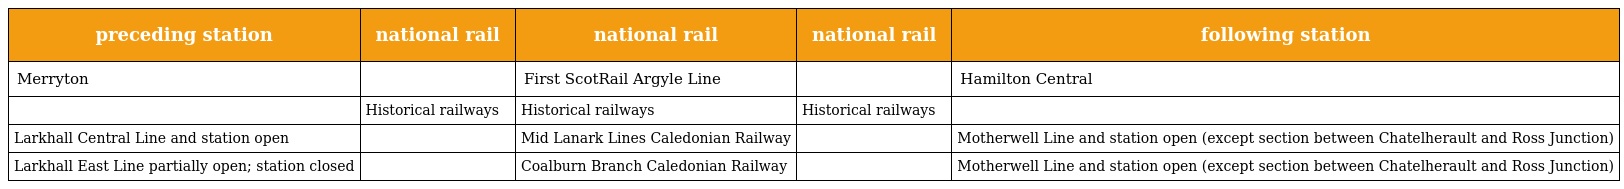
| preceding station | national rail | national rail | national rail | following station |
 | --- | --- | --- | --- | --- |
 | Merryton |  | First ScotRail Argyle Line |  | Hamilton Central |
 |  | Historical railways | Historical railways | Historical railways |  |
 | Larkhall Central Line and station open |  | Mid Lanark Lines Caledonian Railway |  | Motherwell Line and station open (except section between Chatelherault and Ross Junction) |
 | Larkhall East Line partially open; station closed |  | Coalburn Branch Caledonian Railway |  | Motherwell Line and station open (except section between Chatelherault and Ross Junction) |